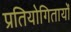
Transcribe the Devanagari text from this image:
प्रतियोगितायोँ